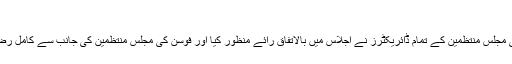
”
مالی سودے کو میڈوبروک کی مجلس منتظمین کے تمام ڈائریکٹرز نے اجلاس میں بالاتفاق رائے منظور کیا اور فوسن کی مجلس منتظمین کی جانب سے کامل رضامندی کے ساتھ قبول کیا گیا۔